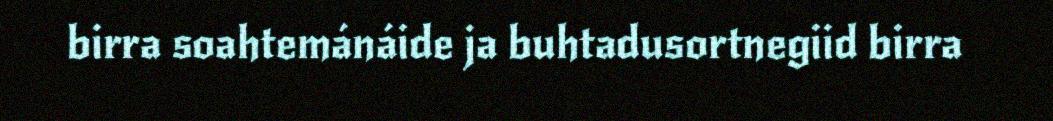
birra soahtemánáide ja buhtadusortnegiid birra